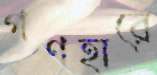
গণহারে